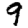
Digit: 9